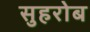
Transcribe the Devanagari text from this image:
सुहरोब